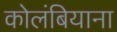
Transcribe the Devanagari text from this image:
कोलंबियाना